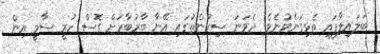
ބަލައިލާފައި ތެޅިގަނެވުނެވެ. ދެވަނަ ސިކުންތުގައި އޭނާ ބާރުބާރަށް ގޮސް ހުރީ ސާމީ އިން